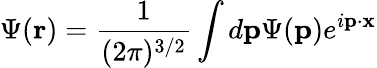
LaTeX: \Psi({\mathbf r})=\frac{1}{(2\pi)^{3/2}}\int d{\mathbf p}\Psi({\mathbf p})e^{i{\mathbf p}\cdot{\mathbf x}}